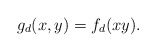
\begin{align*}g_d(x,y)=f_d(xy).\end{align*}